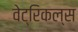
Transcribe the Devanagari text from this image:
वेट्रिकल्स